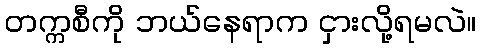
တက္ကစီကို ဘယ်နေရာက ငှားလို့ရမလဲ။